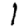
Digit: 1